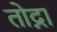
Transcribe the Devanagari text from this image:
तोद्ना